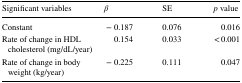
<table><thead><tr><td><b>Significant variables</b></td><td><b><i>β</i></b></td><td><b>SE</b></td><td><b><i>p</i> value</b></td></tr></thead><tbody><tr><td>Constant</td><td>− 0.187</td><td>0.076</td><td>0.016</td></tr><tr><td>Rate of change in HDL cholesterol (mg/dL/year)</td><td>0.154</td><td>0.033</td><td>&lt; 0.001</td></tr><tr><td>Rate of change in body weight (kg/year)</td><td>− 0.225</td><td>0.111</td><td>0.047</td></tr></tbody></table>